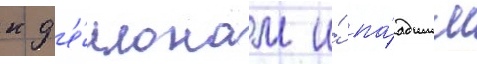
к д'е́монам и́ па́дшим